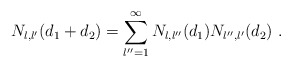
\begin{align*}N_{l,l'} (d_1 + d_2) = \sum_{l'' = 1}^{\infty} N_{l,l''} (d_1) N_{l'',l'} (d_2)\ . \end{align*}